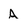
Character: A